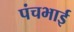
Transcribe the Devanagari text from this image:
पंचभाई